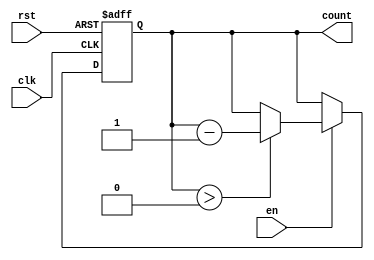
module down_counter #(
    parameter n = 8 // Define the bit width of the counter (default is 8 bits)
)(
    input wire clk,     // Clock signal
    input wire rst,     // Asynchronous reset signal
    input wire en,      // Enable signal
    output reg [n-1:0] count // n-bit output count
);

// Define the initial value for the counter
localparam INITIAL_VALUE = 8'hFF; // Example initial value (255 for an 8-bit counter)

always @(posedge clk or posedge rst) begin
    if (rst) begin
        // Reset the counter to the initial value
        count <= INITIAL_VALUE;
    end else if (en) begin
        // Decrement the counter if enabled
        if (count > 0) begin
            count <= count - 1;
        end
        // If count is already 0, it remains at 0
    end
end

endmodule